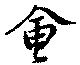
会